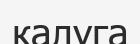
калуга